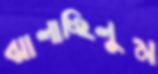
ঝালাচ্ছিলুম